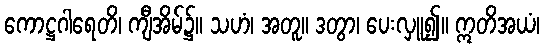
ကောဋ္ဌဂါရေတိ၊ ကျီအိမ်၌။ သဟံ၊ အတူ။ ဒတွာ၊ ပေးလှူ၍။ ဣတိအယံ၊